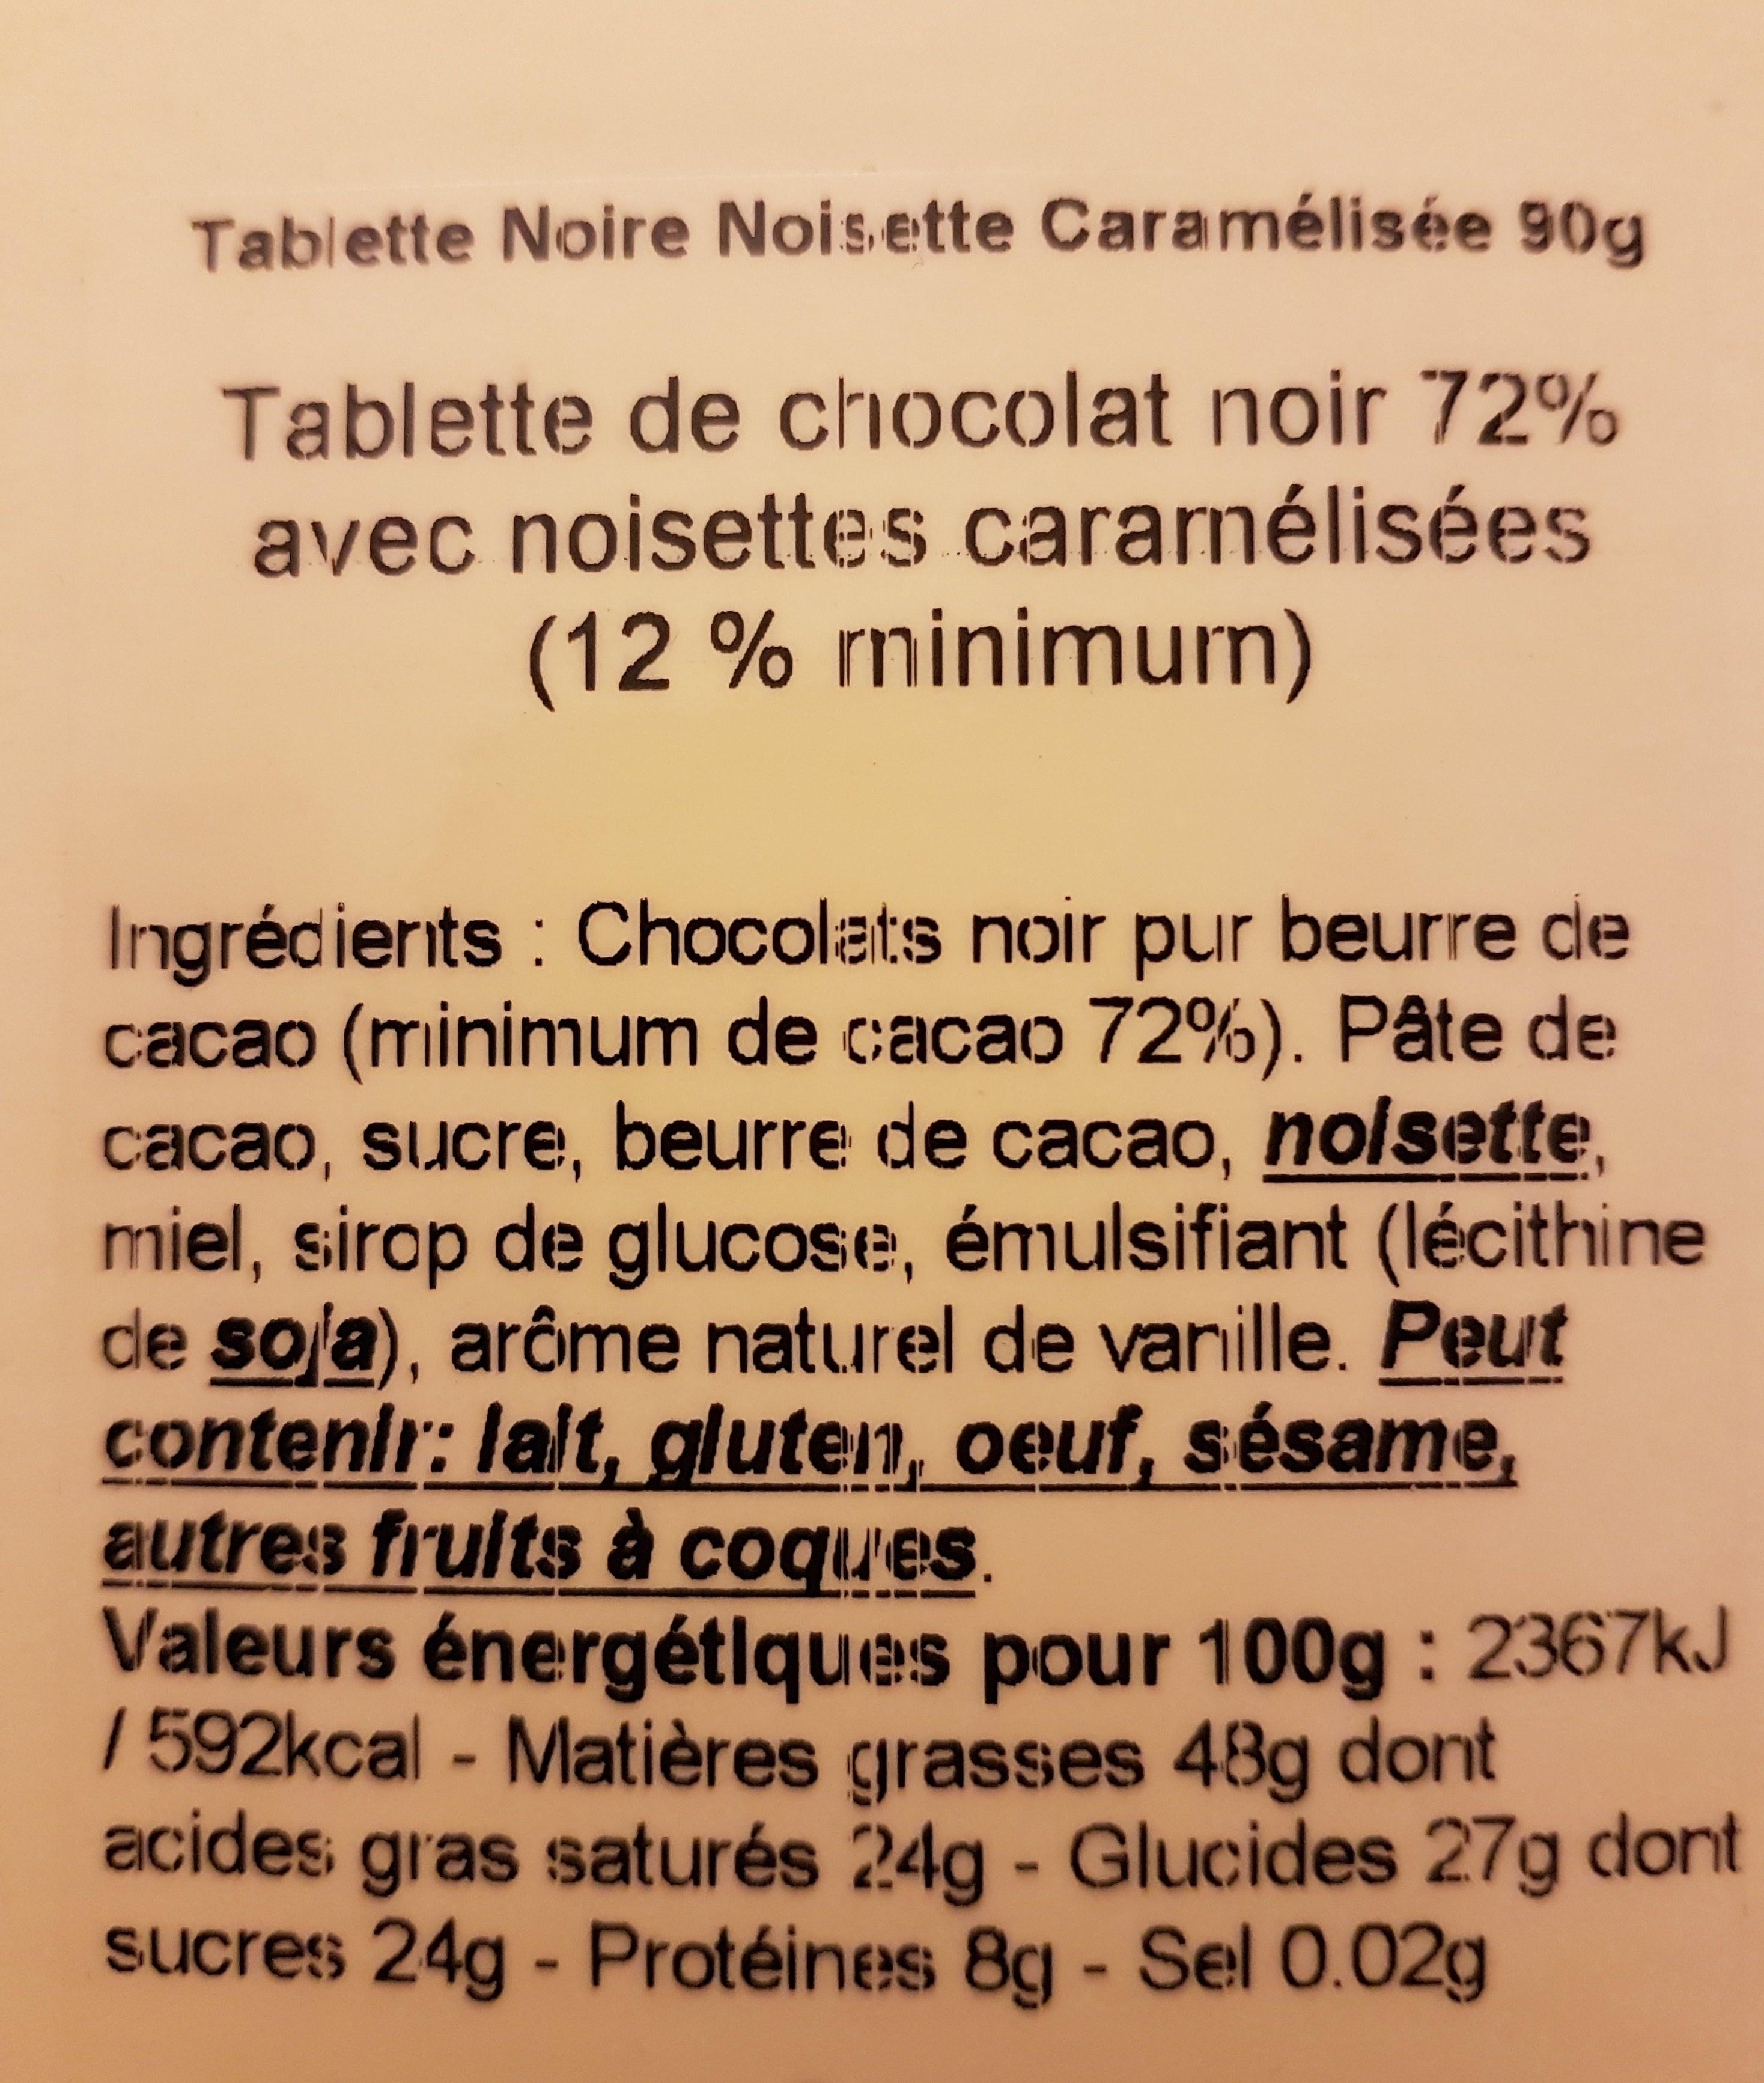
Tablette Noire Noisette Caramélisée 90g Tablette de chocolat noir 72% avec noisettes caramélisées (12 % minimumn)
Ingrédients : Chocolats noir pur beurre de cacao (minimum de cacao 72%). Pâte de cacao, sucre, beurre de cacao, noisette, miel, sirop de glucose, émulsifiant (lécithine de soja), arôme naturel de vanille. Peut contenir: lalt, gluten, oeuf, sésame, autres fruits à coques.
Valeurs énergétiques pour 100g: 2367kJ /592kcal - Matières grasses 48g dont acides gras saturés 24g - Glucides 27g dont sucres 24g - Protéines 8g - Sel 0.02g